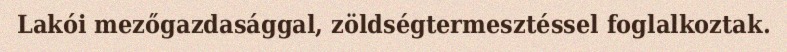
Lakói mezőgazdasággal, zöldségtermesztéssel foglalkoztak.